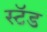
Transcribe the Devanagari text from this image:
स्‍टॅड